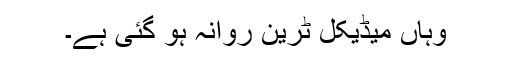
وہاں میڈیکل ٹرین روانہ ہو گئی ہے۔